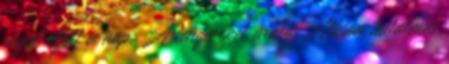
végül eljött a nap. A tengereket uraló Albion hatalmas